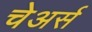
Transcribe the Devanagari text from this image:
चेअर्स